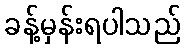
ခန့်မှန်းရပါသည်